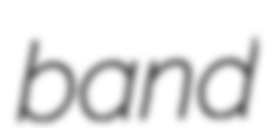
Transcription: band